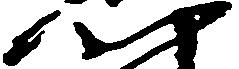
門